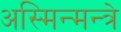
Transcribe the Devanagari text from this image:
अस्मिन्मन्त्रे